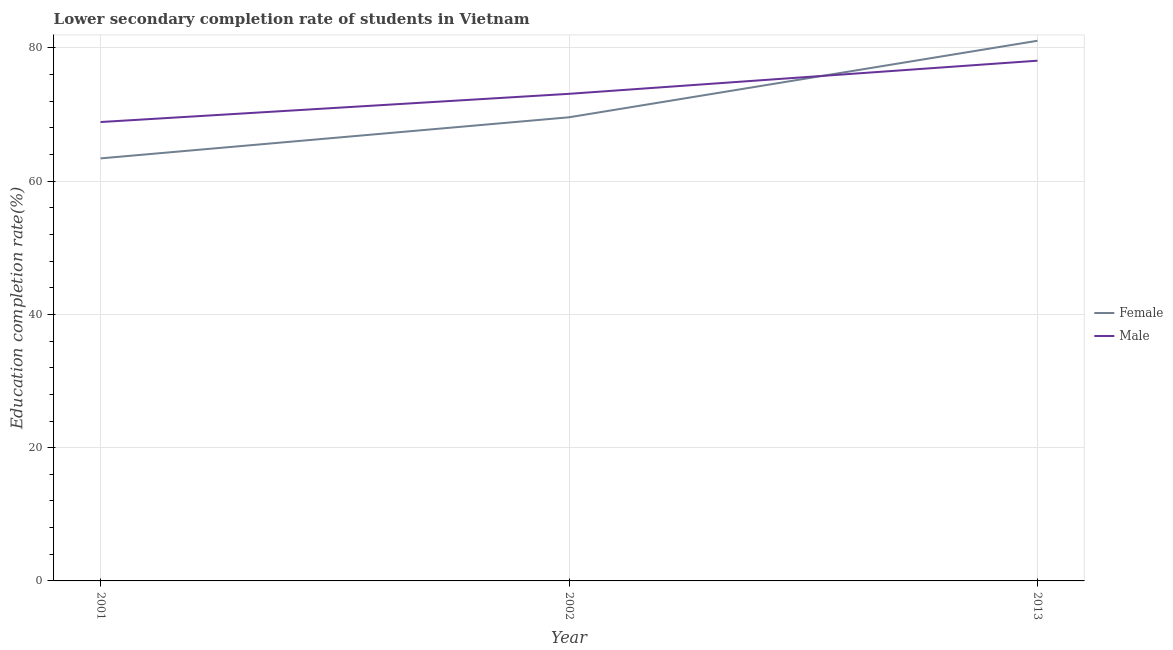
| Year | Female | Male |
 | --- | --- | --- |
 | 2001 | 63.4 | 68.9 |
 | 2002 | 69.6 | 73.1 |
 | 2013 | 81.1 | 78.1 |